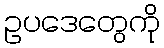
ဥပဒေတွေကို